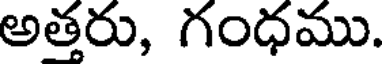
అత్తరు, గంధము.